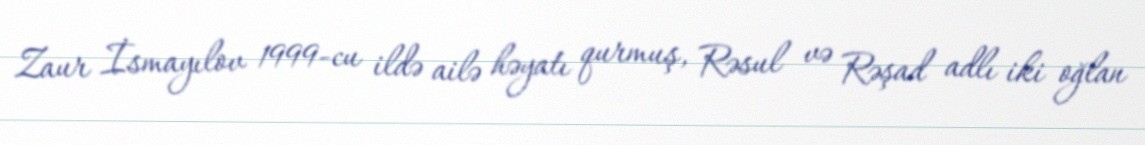
Zaur İsmayılov 1999-cu ildə ailə həyatı qurmuş, Rəsul və Rəşad adlı iki oğlan